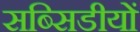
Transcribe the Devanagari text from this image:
सब्सिडीयों